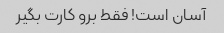
آسان است! فقط برو کارت بگیر